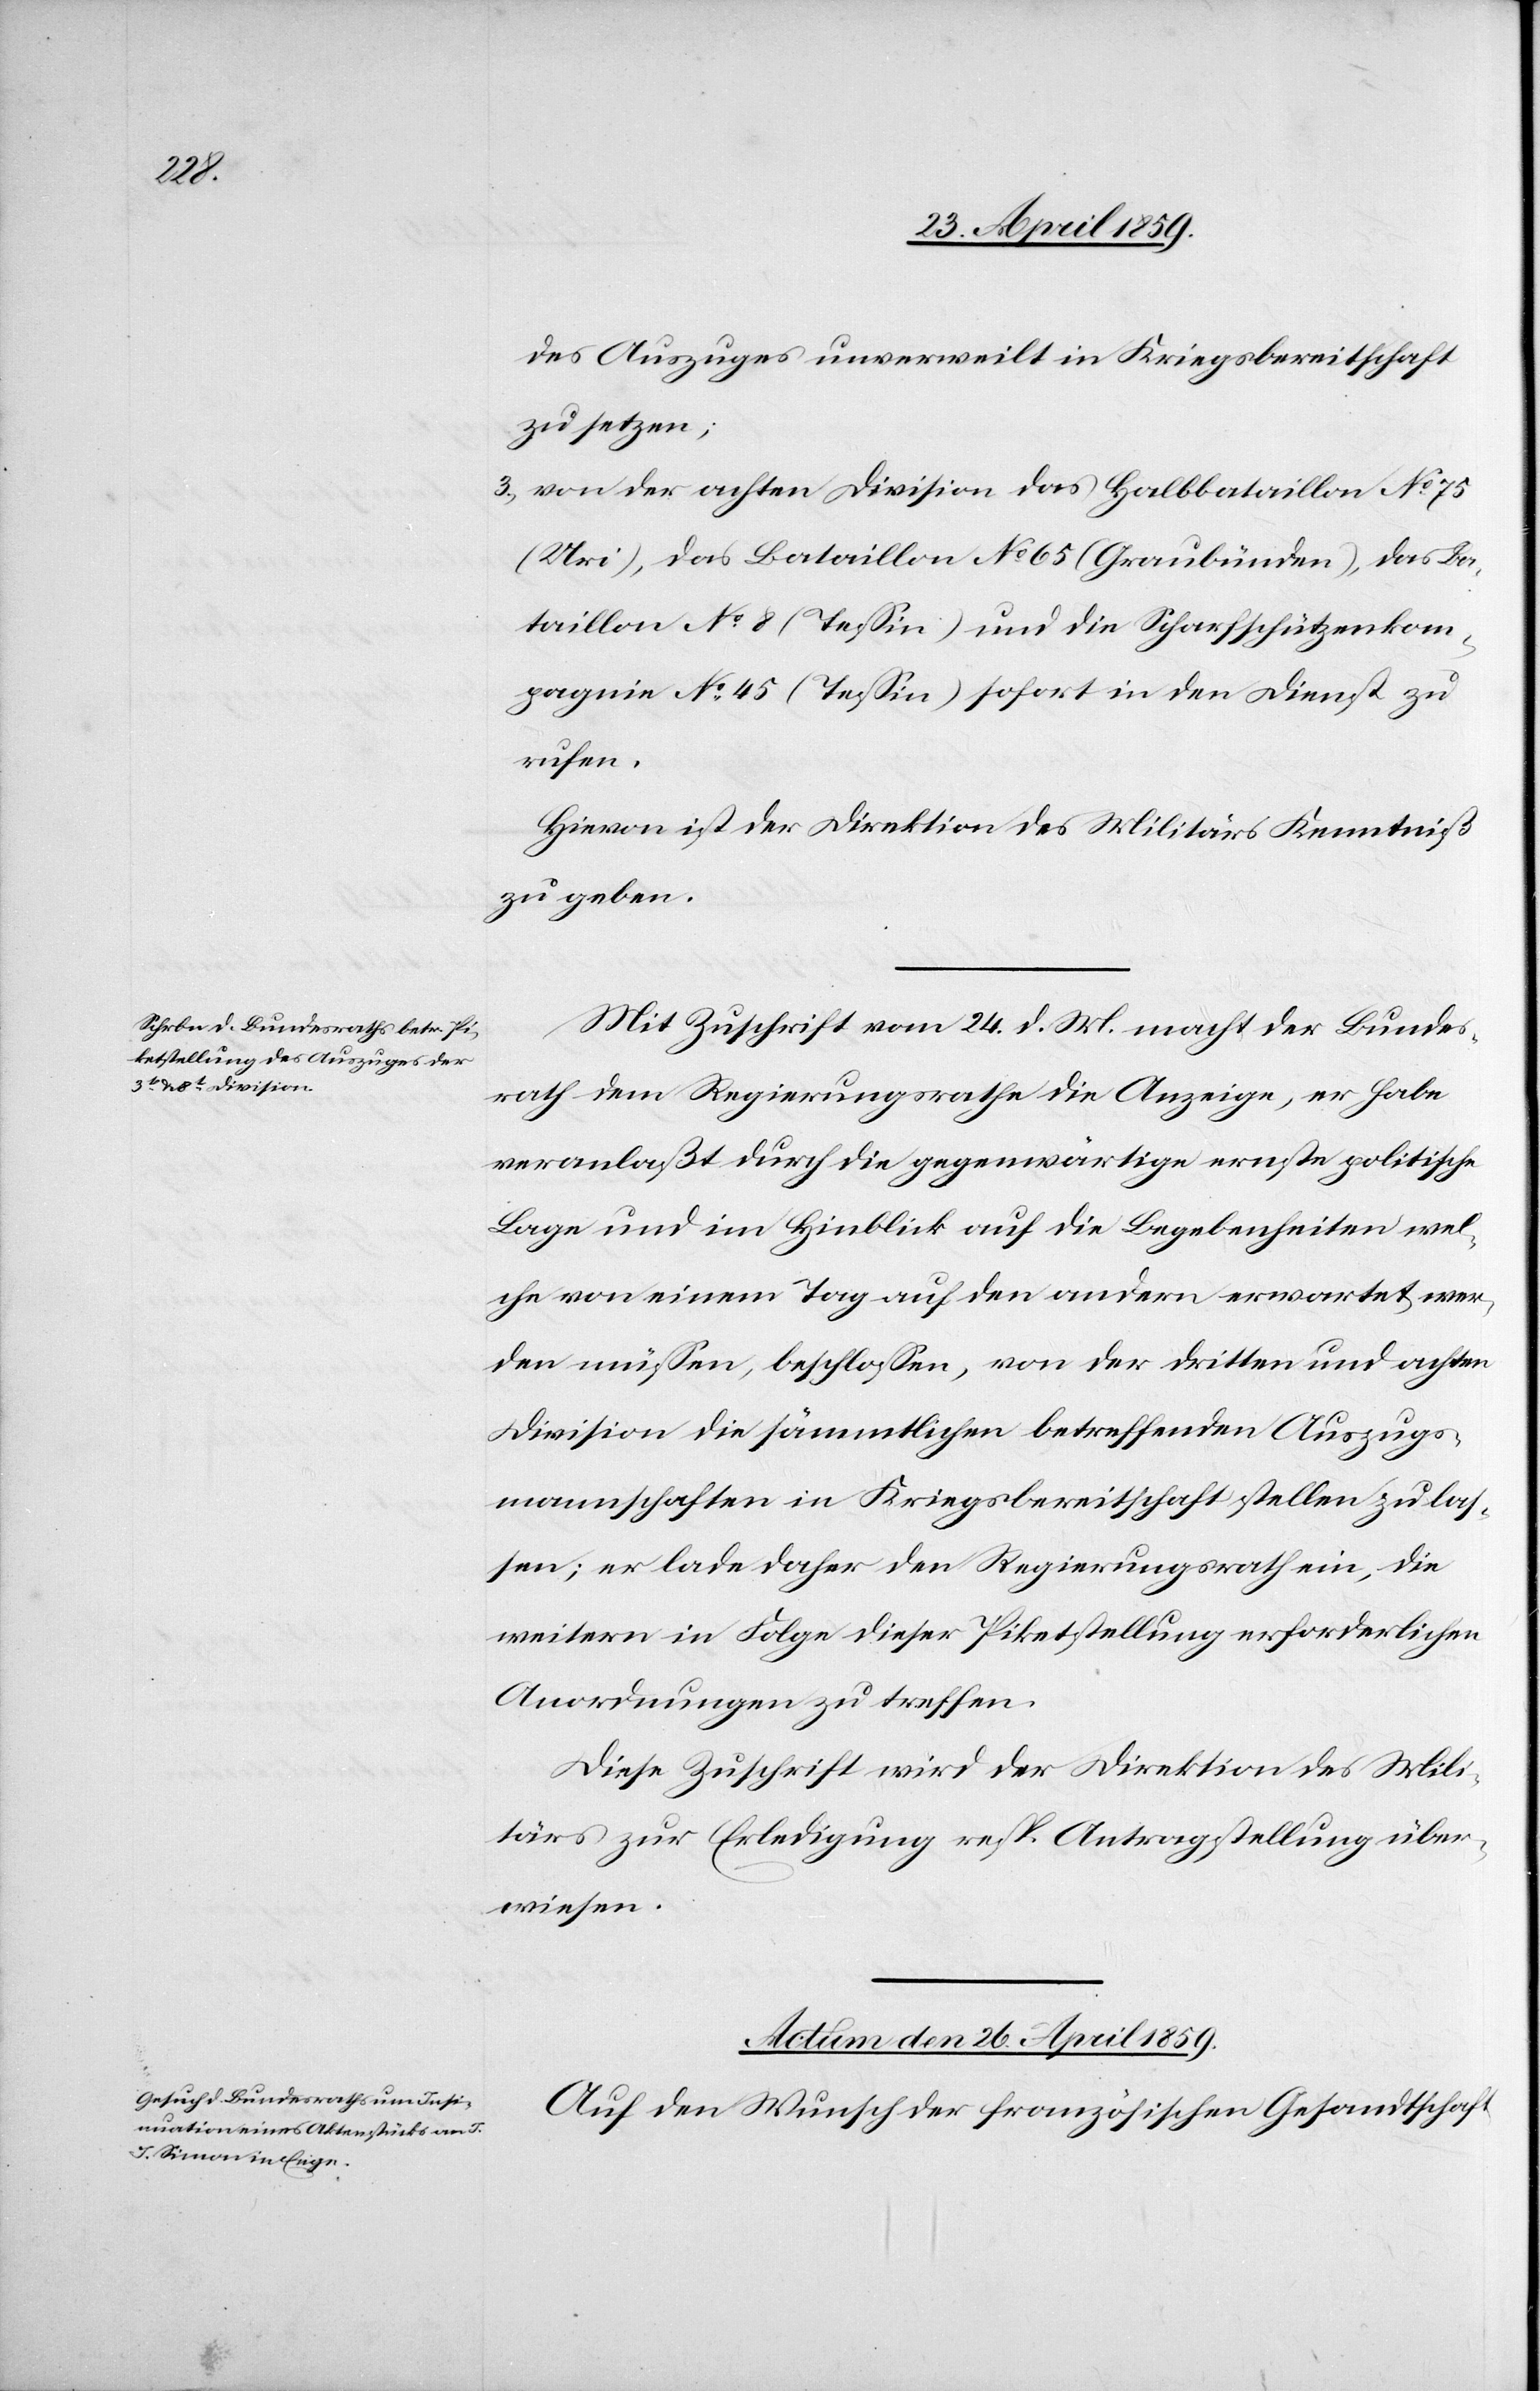
des Auszuges unverweilt in Kriegsbereitschaft
zu setzen;
3) von der achten Division das Halbbataillon No 75
(Uri), das Bataillon No 45 (Teßin) sofort in den Dienst zu
rufen.
Hievon ist der Direktion des Militärs Kenntniß
zu geben.
Mit Zuschrift vom 24. d. M. macht der Bundes¬
rath dem Regierungsrathe die Anzeige, er habe
veranlaßt durch die gegenwärtige ernste politische
Lage und im Hinblick auf die Begebenheiten wel¬
che von einem Tag auf den Andern erwartet wer¬
den müßen, beschloßen, von der dritten und achten
Division die sämmtlichen betreffenden Auszugs¬
mannschaften in Kriegsbereitschaft stellen zu las¬
sen; er lade daher den Regierungsrath ein, die
weitern in Folge dieser Piketstellung erforderlichen
Anordnungen zu treffen.
Diese Zuschrift wird der Direktion des Mili¬
tärs zur Erledigung resp. Antragstellung über¬
wiesen.
Actum den 26. April 1859.
Auf den Wunsch der französischen Gesandtschaft